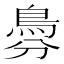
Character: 𩿉